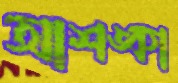
আশঙ্কা